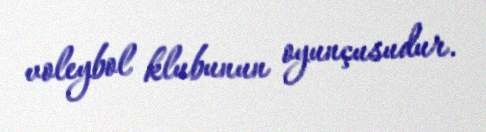
voleybol klubunun oyunçusudur.